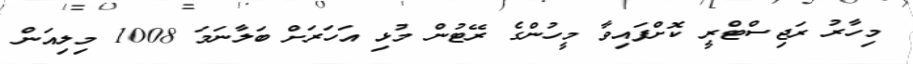
މިހާރު ރަޖިސްޓްރީ ކޮށްފައިވާ މީހުންގެ ރޭޓުން މުޅި އަހަރަށް ބަލާނަމަ 1008 މިލިއަން